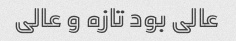
عالی بود تازه و عالی